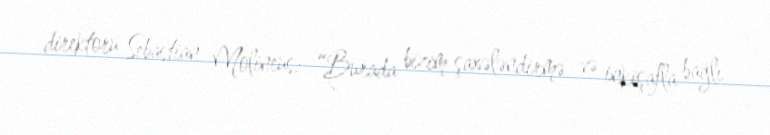
direktoru Sebastian Molineus: “Burada bizim şaxələndirmə və inkişafla bağlı